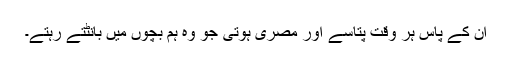
ان کے پاس ہر وقت پتاسے اور مصری ہوتی جو وہ ہم بچوں میں بانٹتے رہتے۔